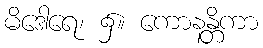
မိဒေါရေ၊ ၌။ ကောနန္တိကာ